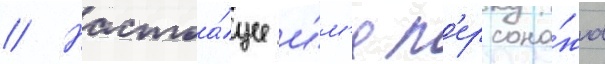
// Настоа́щее и́м'я п'ерсона́жа